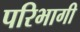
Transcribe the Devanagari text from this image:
परिभागी